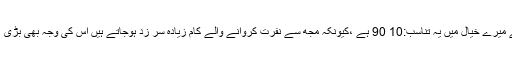
ڈاکٹر صاحب چونکہ ہمدرد انسان ہیں ، اس لئے پرسنٹ ایج میں ڈنڈی مار گئے میرے خیال میں یہ تناسب:10 90 ہے ،کیونکہ مجھ سے نفرت کروانے والے کام زیادہ سر زد ہوجاتے ہیں اس کی وجہ بھی بڑی old fashioned ہے کہ جھوٹ اور ناانصافی مجھ سے برداشت نہیں ہو تی ۔